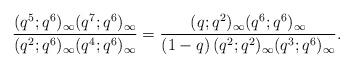
LaTeX: \begin{align*}\frac{(q^5;q^6)_\infty(q^7;q^6)_\infty}{(q^2;q^6)_\infty(q^4;q^6)_\infty}=\frac{(q;q^2)_\infty(q^6;q^6)_\infty}{(1-q)\,(q^2;q^2)_\infty(q^3;q^6)_\infty}.\end{align*}